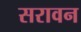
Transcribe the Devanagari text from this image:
सरावन